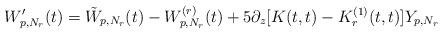
LaTeX: \begin{align*}W_{p,N_r}'(t)=\tilde W_{p,N_r}(t)-W_{p,N_r}^{(r)}(t)+ 5\partial_z[K(t,t)-K_r^{(1)}(t,t)]Y_{p,N_r}\end{align*}